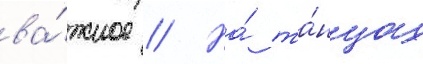
ва́жное // На́ та́нцах